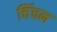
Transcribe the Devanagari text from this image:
चिंचन